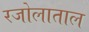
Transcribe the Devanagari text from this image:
रजोलाताल